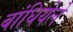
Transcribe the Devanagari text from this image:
बांधियेले